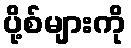
ပို့စ်များကို